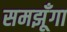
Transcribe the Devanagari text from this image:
समझूँगा